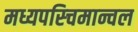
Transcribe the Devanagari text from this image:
मध्यपस्चिमान्चल